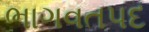
ભાગવતપદ